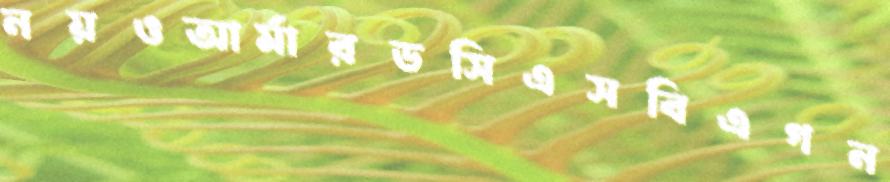
নয়ওআর্মারডসিএসবিএগন